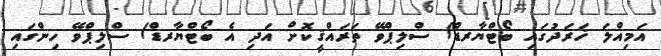
އަމިއްލަ ޚަރަދުގައި ބޯޓްޔާރޑް/ ސްލިޕްވޭ ތަރައްޤީކޮށް އަދި އެ ބޯޓްޔާރޑް/ ސްލިޕްވޭ ހިންގައި